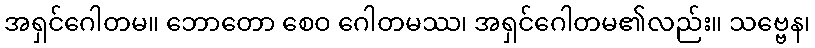
အရှင်ဂေါတမ။ ဘောတော စေဝ ဂေါတမဿ၊ အရှင်ဂေါတမ၏လည်း။ သဗ္ဗေန၊